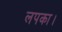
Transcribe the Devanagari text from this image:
लपका।